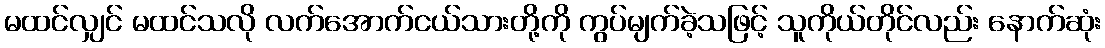
မထင်လျှင် မထင်သလို လက်အောက်ငယ်သားတို့ကို ကွပ်မျက်ခဲ့သဖြင့် သူကိုယ်တိုင်လည်း နောက်ဆုံး